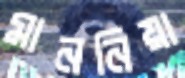
মাননিয়া